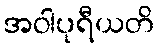
အဝါပုရီယတိ